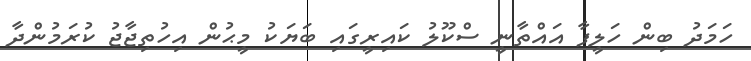
ހަމަދު ބިން ހަލީފާ އައްތާނީ ސްކޫލު ކައިރީގައި ބަޔަކު މީޙުން އިހުތިޖާޖު ކުރަމުންދާ